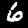
Label: 6